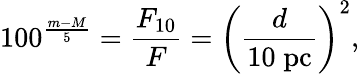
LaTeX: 100^{\frac{m-M}{5}}={\frac{F_{10}}{F}}=\left({\frac{d}{10\; \mathrm{pc}}}\right)^{2},